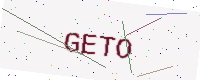
Text: GETO